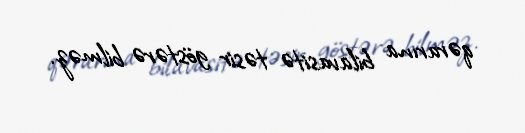
qərarına bilavasitə təsir göstərə bilməz.